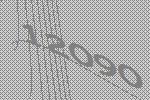
12090